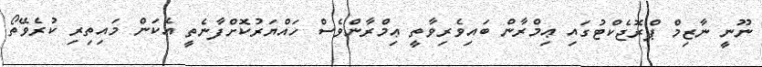
ނޫނީ ނާޒިމް ޕްރޮޖެކްޓުގައި ޢިމްރާން ބައިވެރިވާތީ ޢިމްރާންވެސް ހައްޔަރުކޮށްފާނެތީ އެކަން މައިތިރި ކުރެވޭތޯ